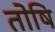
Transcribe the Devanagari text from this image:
तोषि